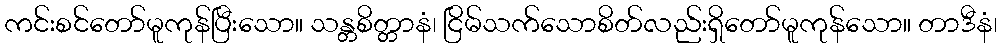
ကင်းစင်တော်မူကုန်ပြီးသော။ သန္တစိတ္တာနံ၊ ငြိမ်သက်သောစိတ်လည်းရှိတော်မူကုန်သော။ တာဒီနံ၊